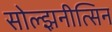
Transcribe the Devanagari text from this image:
सोल्झ़नीत्सिन